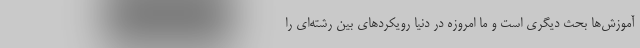
آموزش‌ها بحث دیگری است و ما امروزه در دنیا رویکردهای بین رشته‌ای را